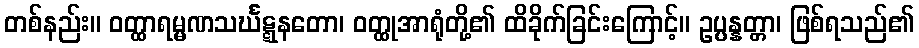
တစ်နည်း။ ဝတ္ထာရမ္မဏသင်္ဃဋ္ဋနတော၊ ဝတ္ထုအာရုံတို့၏ ထိခိုက်ခြင်းကြောင့်။ ဥပ္ပန္နတ္တာ၊ ဖြစ်ရသည်၏